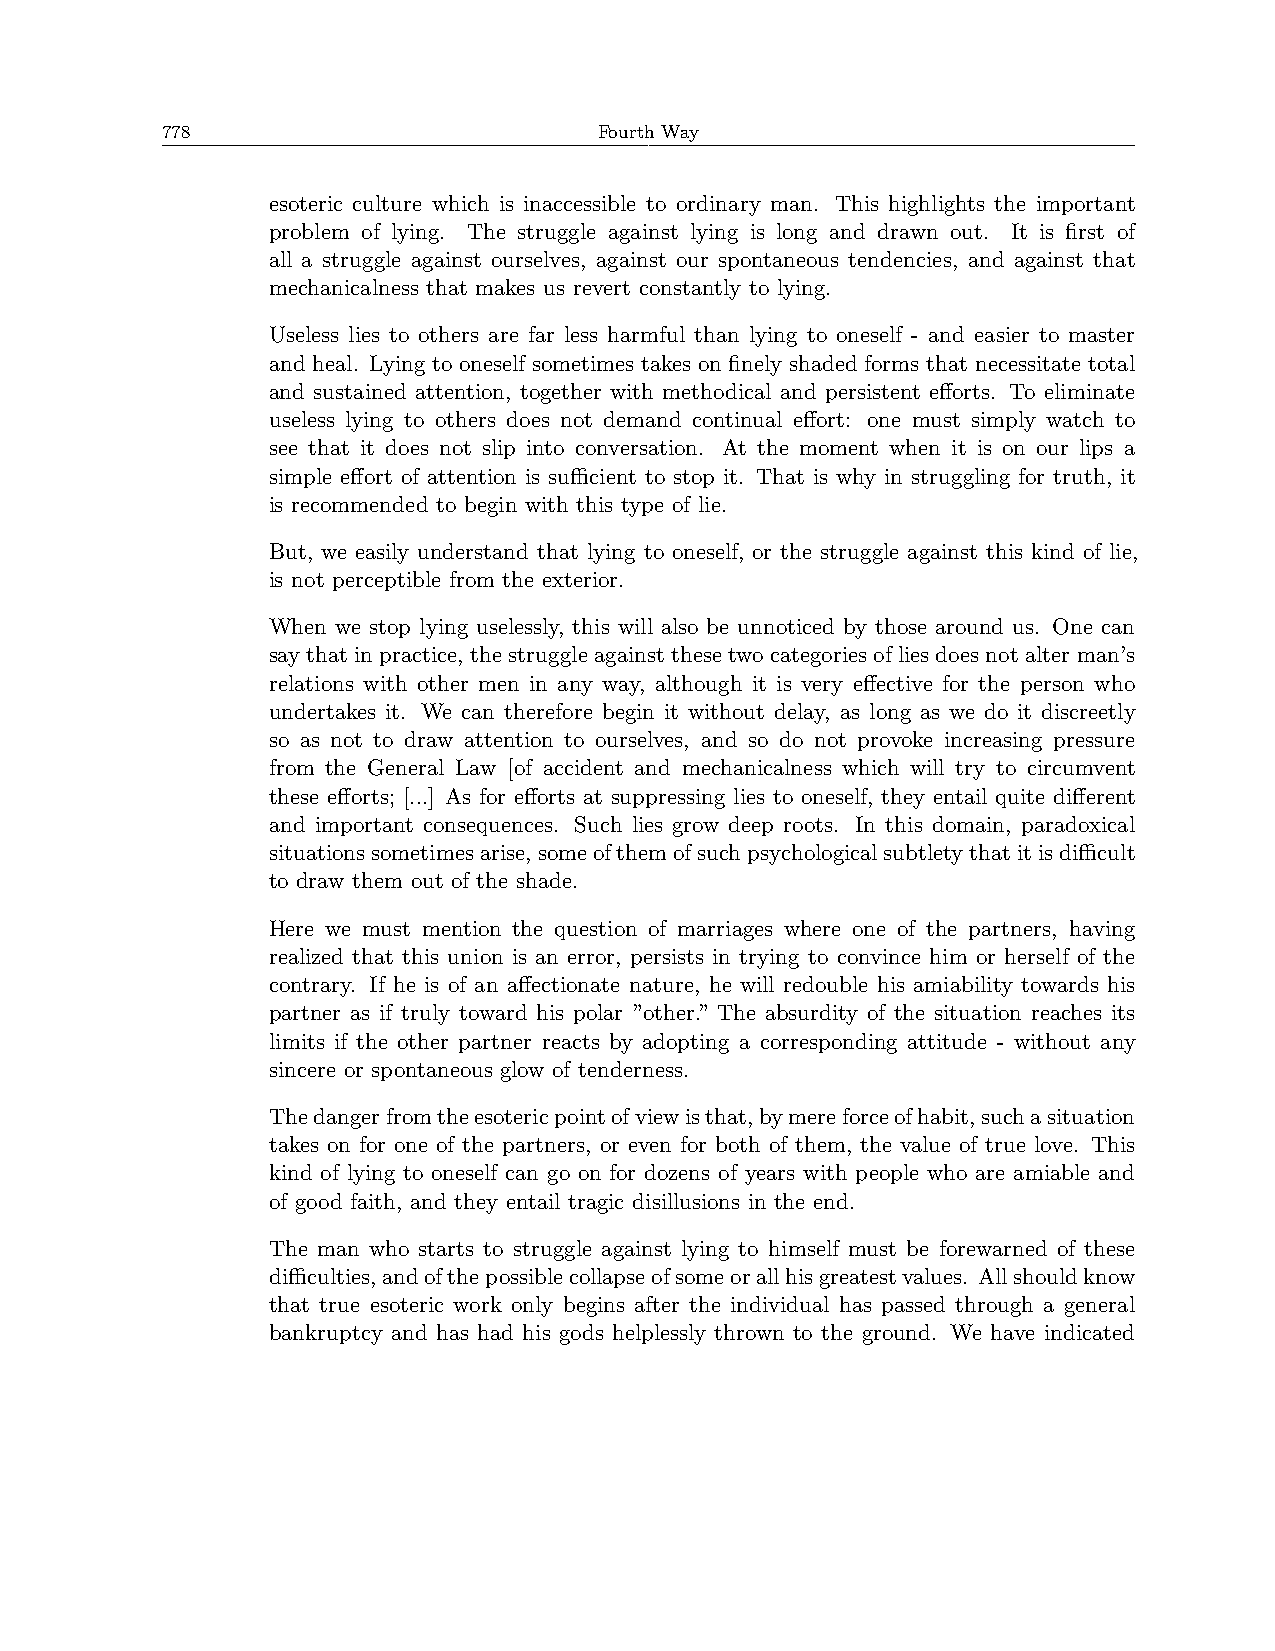
778                          Fourth Way
 esoteric culture which is inaccessible to ordinary man. This highlights the important
 problem of lying. The struggle against lying is long and drawn out. It is first of
 all a struggle against ourselves, against our spontaneous tendencies, and against that
 mechanicalness that makes us revert constantly to lying.
 Useless lies to others are far less harmful than lying to oneself - and easier to master
 and heal. Lying to oneself sometimes takes on finely shaded forms that necessitate total
 and sustained attention, together with methodical and persistent efforts. To eliminate
 useless lying to others does not demand continual effort: one must simply watch to
 see that it does not slip into conversation. At the moment when it is on our lips a
 simple effort of attention is suﬀicient to stop it. That is why in struggling for truth, it
 is recommended to begin with this type of lie.
 But, we easily understand that lying to oneself, or the struggle against this kind of lie,
 is not perceptible from the exterior.
 When we stop lying uselessly, this will also be unnoticed by those around us. One can
 say that in practice, the struggle against these two categories of lies does not alter man’s
 relations with other men in any way, although it is very effective for the person who
 undertakes it. We can therefore begin it without delay, as long as we do it discreetly
 so as not to draw attention to ourselves, and so do not provoke increasing pressure
 from the General Law [of accident and mechanicalness which will try to circumvent
 these efforts; [...] As for efforts at suppressing lies to oneself, they entail quite different
 and important consequences. Such lies grow deep roots. In this domain, paradoxical
 situationssometimesarise, someofthemofsuchpsychologicalsubtletythatitisdiﬀicult
 to draw them out of the shade.
 Here we must mention the question of marriages where one of the partners, having
 realized that this union is an error, persists in trying to convince him or herself of the
 contrary. If he is of an affectionate nature, he will redouble his amiability towards his
 partner as if truly toward his polar ”other.” The absurdity of the situation reaches its
 limits if the other partner reacts by adopting a corresponding attitude - without any
 sincere or spontaneous glow of tenderness.
 Thedangerfromtheesotericpointofviewisthat,bymereforceofhabit,suchasituation
 takes on for one of the partners, or even for both of them, the value of true love. This
 kind of lying to oneself can go on for dozens of years with people who are amiable and
 of good faith, and they entail tragic disillusions in the end.
 The man who starts to struggle against lying to himself must be forewarned of these
 diﬀiculties,andofthepossiblecollapseofsomeorallhisgreatestvalues. Allshouldknow
 that true esoteric work only begins after the individual has passed through a general
 bankruptcy and has had his gods helplessly thrown to the ground. We have indicated